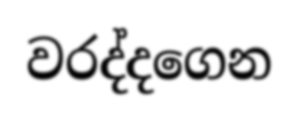
වරද්දගෙන